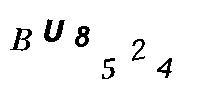
BU8524